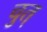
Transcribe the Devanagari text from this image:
चुत्